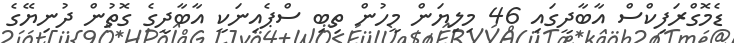
ޑެމޮގްރަފިކްސް އާބާދީީގައި 46 މިލިޔަން މީހުން ތިބި ސްޕެއިނަކީ އާބާދީގެ ގޮތުން ދުނިޔޭގެ